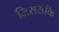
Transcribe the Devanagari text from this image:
जिससेकि